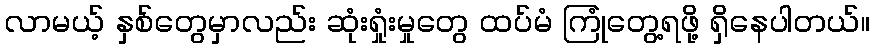
လာမယ့် နှစ်တွေမှာလည်း ဆုံးရှုံးမှုတွေ ထပ်မံ ကြုံတွေ့ရဖို့ ရှိနေပါတယ်။